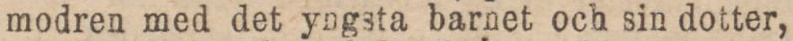
modren med det yngsta barnet och sin dotter,